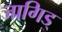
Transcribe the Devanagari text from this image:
जागिड्